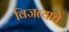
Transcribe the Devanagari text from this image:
विजत्याचे